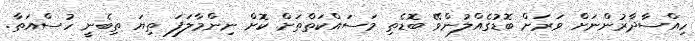
ހިއްސާދާރުންނަށް ވަރަށް ބޮޑުގެއްލުންވޭ ބޮޑެތި މަސައްކަތްތަށް ކޮށް ނިންމާލަފަ ތިޔަ ތިބެނީ ހުސްއަތާ.